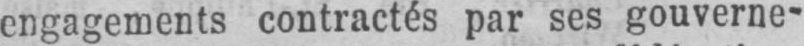
engagements contractés par ses gouverne-